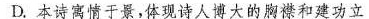
D.本诗寓情于景，体现诗人博大的胸襟和建功立